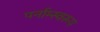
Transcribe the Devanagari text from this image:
पर्नाम्स्वरूप